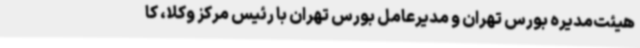
هیئت‌مدیره بورس تهران و مدیرعامل بورس تهران با رئیس مرکز وکلا، کا